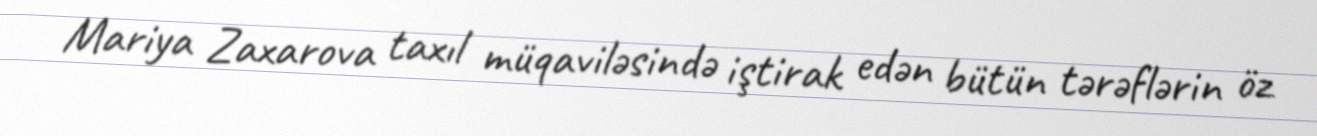
Mariya Zaxarova taxıl müqaviləsində iştirak edən bütün tərəflərin öz